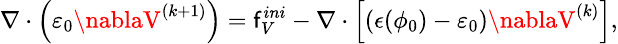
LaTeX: \small\nabla\cdot\left(\varepsilon_{0}\nablaV^{(k+1)}\right)=\mathsf{f}_{V}^{ini}-\nabla\cdot\left[(\epsilon(\phi_{0})-\varepsilon_{0})\nablaV^{(k)}\right],